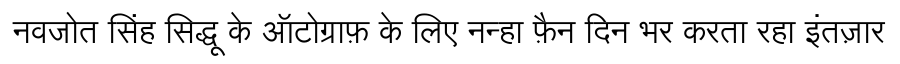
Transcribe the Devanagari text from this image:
नवजोत सिंह सिद्धू के ऑटोग्राफ़ के लिए नन्हा फ़ैन दिन भर करता रहा इंतज़ार